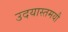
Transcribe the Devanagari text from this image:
उदयास्तमयौ